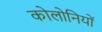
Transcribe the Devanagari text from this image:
कोलोनियों